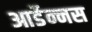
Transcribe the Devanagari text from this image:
आर्डेन्नस